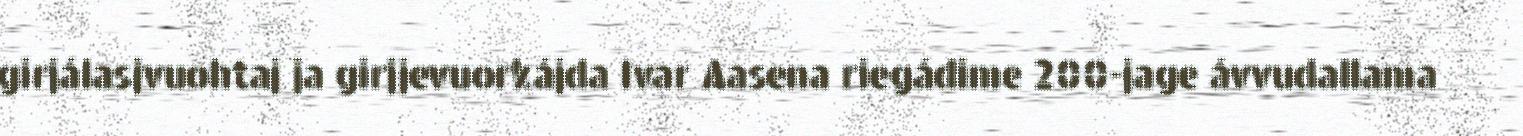
girjálasjvuohtaj ja girjjevuorkájda Ivar Aasena riegádime 200-jage ávvudallama